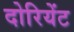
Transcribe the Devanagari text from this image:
दोरियेंट